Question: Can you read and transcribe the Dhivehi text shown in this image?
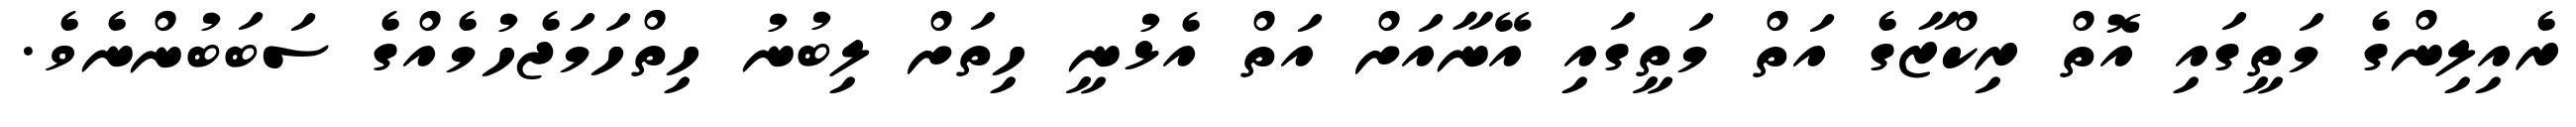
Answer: ރެއިލިންގެ މަތީގައި އޮތް ރިކްޒާގެ އަތް މަތީގައި އޭނާއަށް އަތް އެޅުނީ ހިތަށް ލިބުނު ހިތްހަމަޖެހުމެއްގެ ސަބަބުންނެވެ.